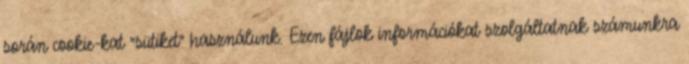
során cookie-kat "sütiket" használunk. Ezen fájlok információkat szolgáltatnak számunkra